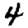
Digit: 4